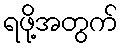
ရဖို့အတွက်